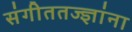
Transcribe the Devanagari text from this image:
संगीततज्ज्ञांना